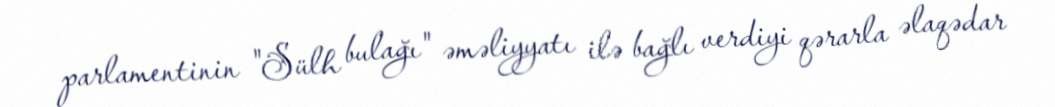
parlamentinin "Sülh bulağı" əməliyyatı ilə bağlı verdiyi qərarla əlaqədar